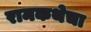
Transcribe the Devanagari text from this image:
रामकथेचा